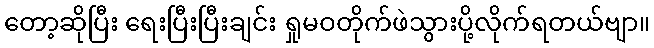
တော့ဆိုပြီး ရေးပြီးပြီးချင်း ရှုမဝတိုက်ဖဲသွားပို့လိုက်ရတယ်ဗျာ။